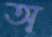
অ্